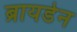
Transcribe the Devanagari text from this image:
ब्रायडेन